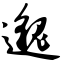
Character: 邈